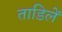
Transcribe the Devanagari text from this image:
ताडिलें